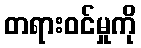
တရားဝင်မှုကို